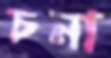
চনা